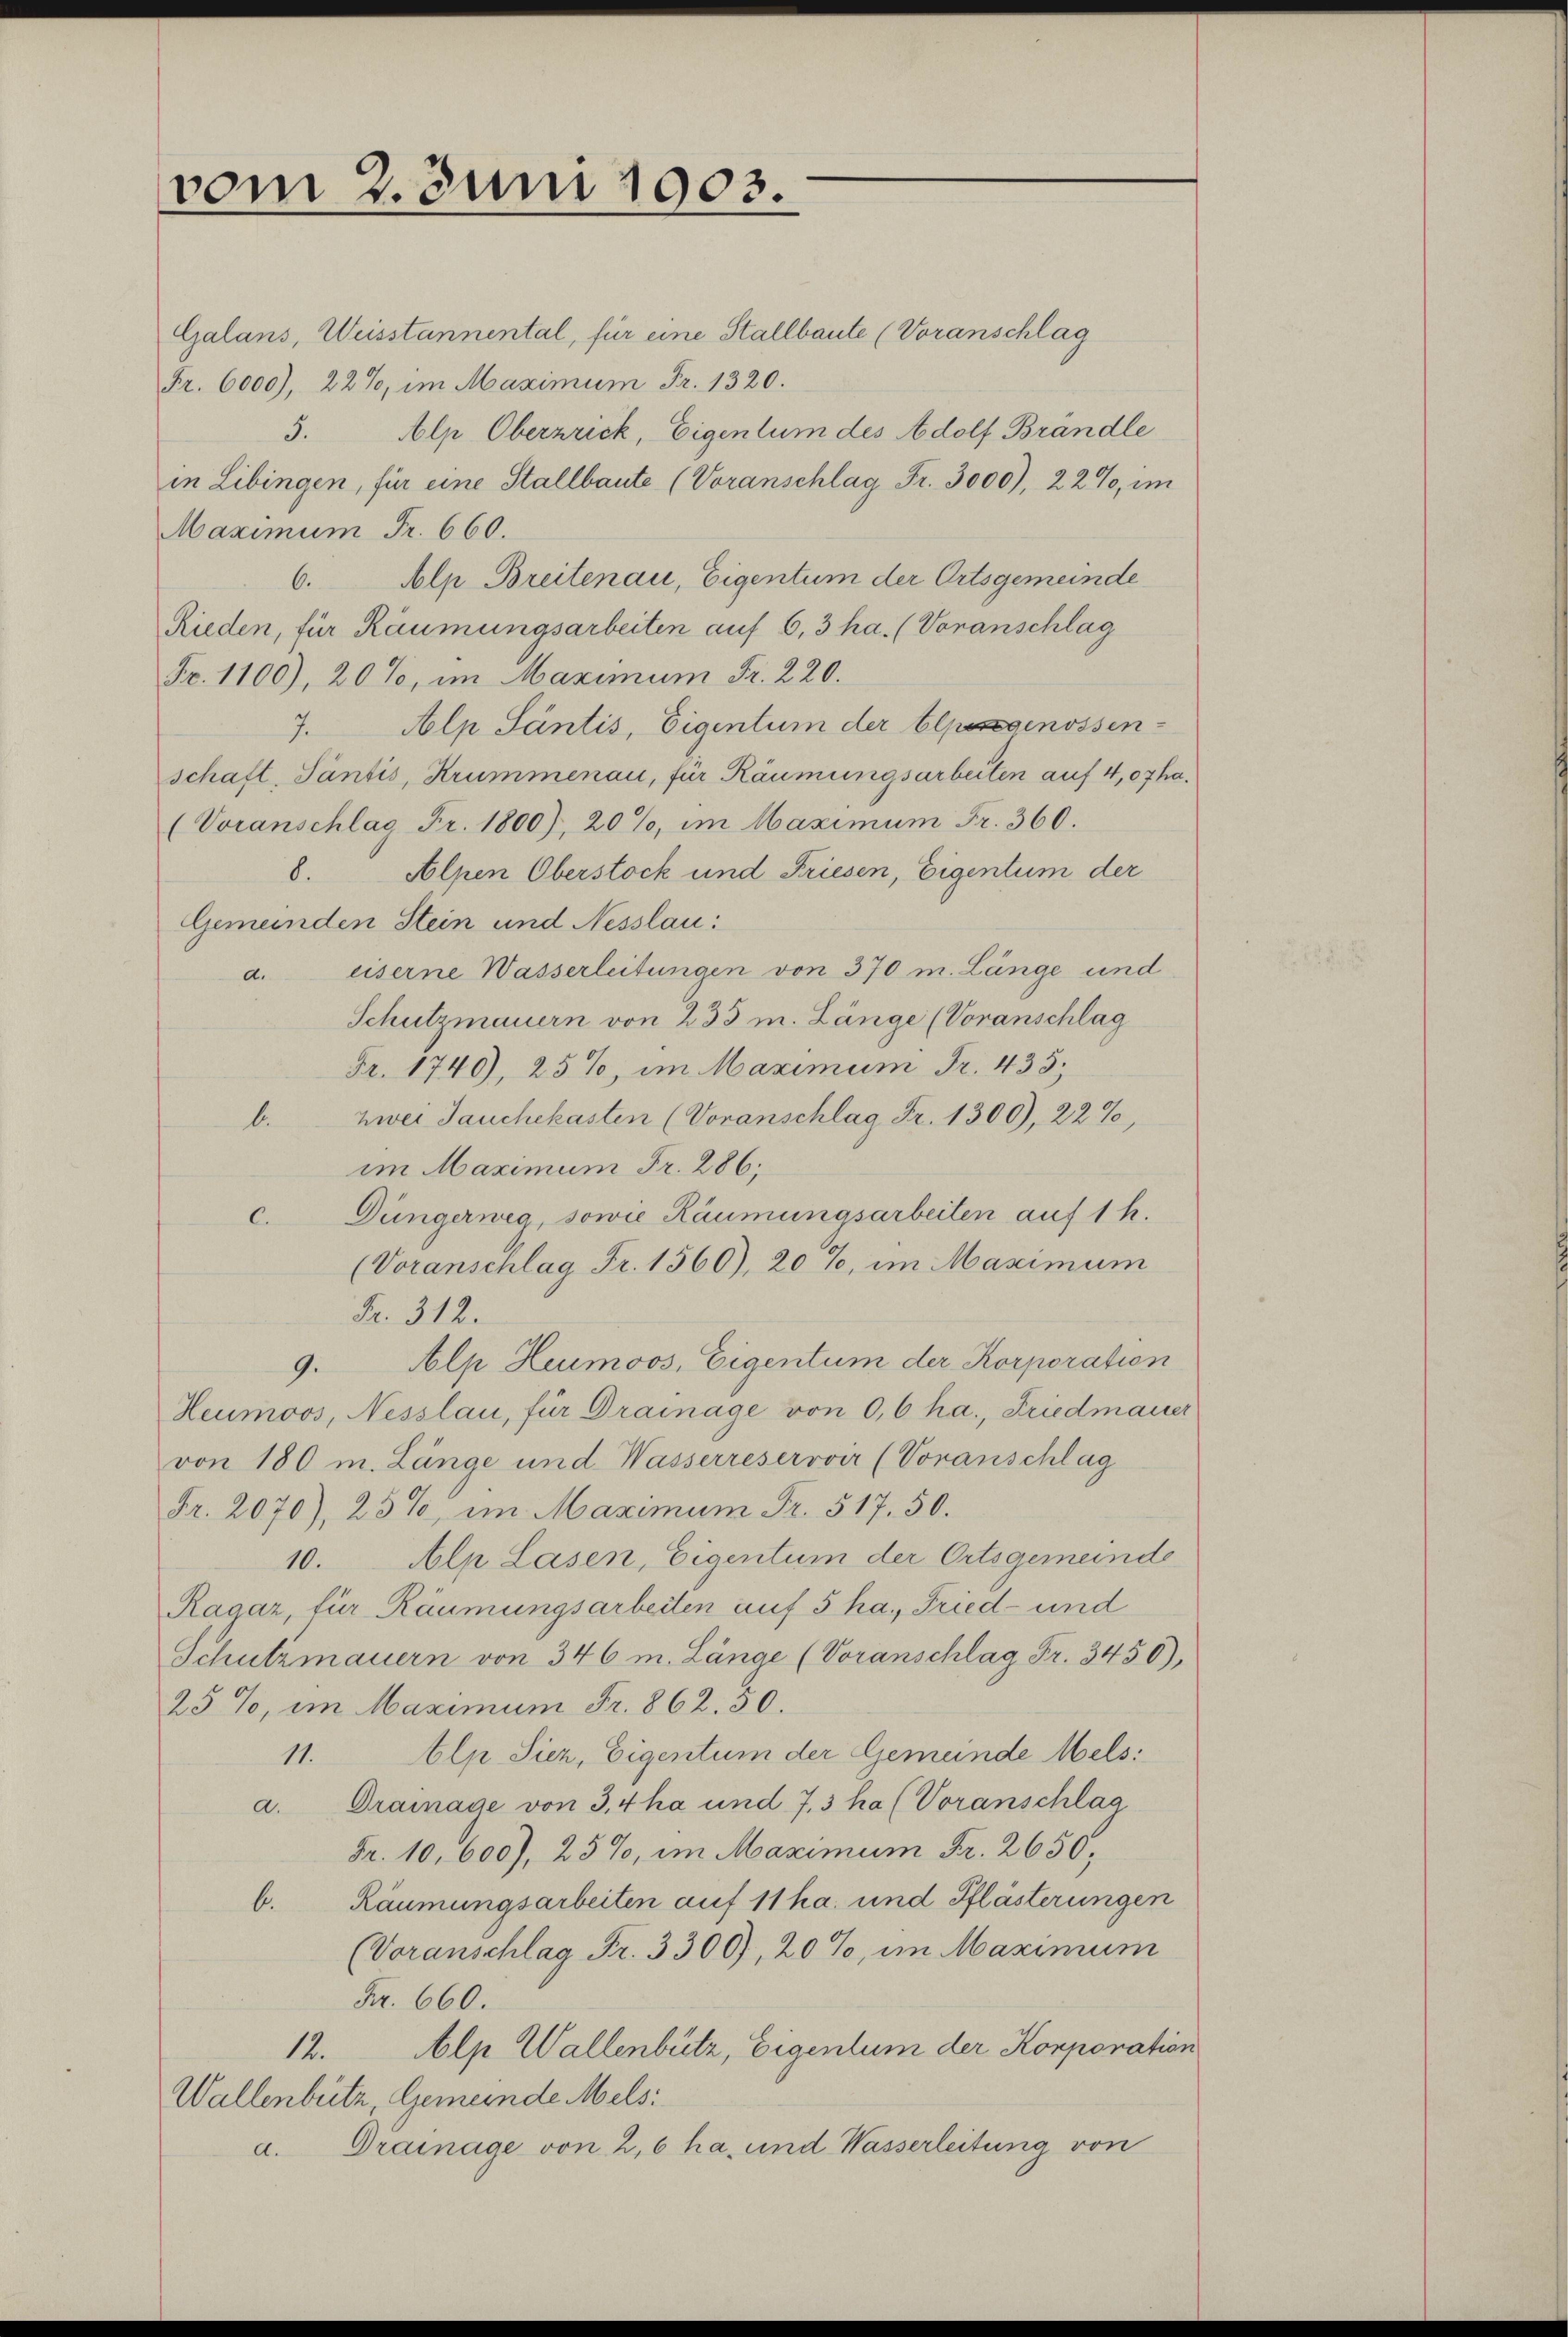
vom 2. Juni 1903.

Galans, Weisstannental, für eine Stallbaute (Voranschlag
Fr. 6000), 22%, im Maximum Fr. 1320.
5. Alp Oberzrick, Eigentum des Adolf Brändle
in Libingen, für eine Stallbaute (Voranschlag Fr. 3000), 22%, im
Maximum Fr. 660.
Alp Breitenau, Eigentum der Ortsgemeinde
6.
Rieden, für Räumungsarbeiten auf 6,3 ha. (Voranschlag
Fr. 1100), 20%, im Maximum Fr. 220.
Alp Säntis, Eigentum der Alpesgenossen-
7.
schaft, Tantis, Krummenau, für Räumungsarbeiten auf 4,07 ha.
(Voranschlag Fr. 1800), 20%, im Maximum Fr. 360.
Alpen Oberstock und Friesen, Eigentum der
8.
Gemeinden Stein und Nesslau:
eiserne Wasserleitungen von 370 m. Länge und
d.
Schutzmauern von 233 m. Länge (Voranschlag
Fr. 1740), 25%, im Maximum Fr. 435,
zwei Jauchekasten (Voranschlag Fr. 1300), 22%,
b.
im Maximum Fr. 286;
c. Düngerneg, sowie Räumungsarbeiten auf 1 h.
(Voranschlag Fr. 1560), 20%, im Maximum
Fr. 312.
lp Heumoos, Eigentum der Korporation
9.
Heumoos, Nesslau, für Drainage von 0,6 ha., Friedmauer
von 180 m. Länge und Wasserreservir (Voranschlag
Fr. 2070), 25%, im Maximum Fr. 517. 50.
10. Alp Lasen, Eigentum der Ortsgemeinde
Ragar, für Räumungsarbeiten auf 5 ha., Fried- und
Schutzmauern von 346 m. Länge (Voranschlag Fr. 3450).
25%, im Maximum Fr. 862. 30.
11. Alp Siez, Eigentum der Gemeinde Mels:
a. Drainage von 3,4ha und 73 ha (Voranschlag
Fr. 10, 600), 25%, im Maximum Fr. 2650,
b. Räumungsarbeiten auf 11 ha. und Pflästerungen
(Voranschlag Fr. 3300), 20%, im Maximum
Fr. 660.
Alp Wallenbütz, Eigentum der Korporation
12.
Wallenbütz, Gemeinde Mels:
Drainage von 2,6 ha, und Wasserleitung von
A.